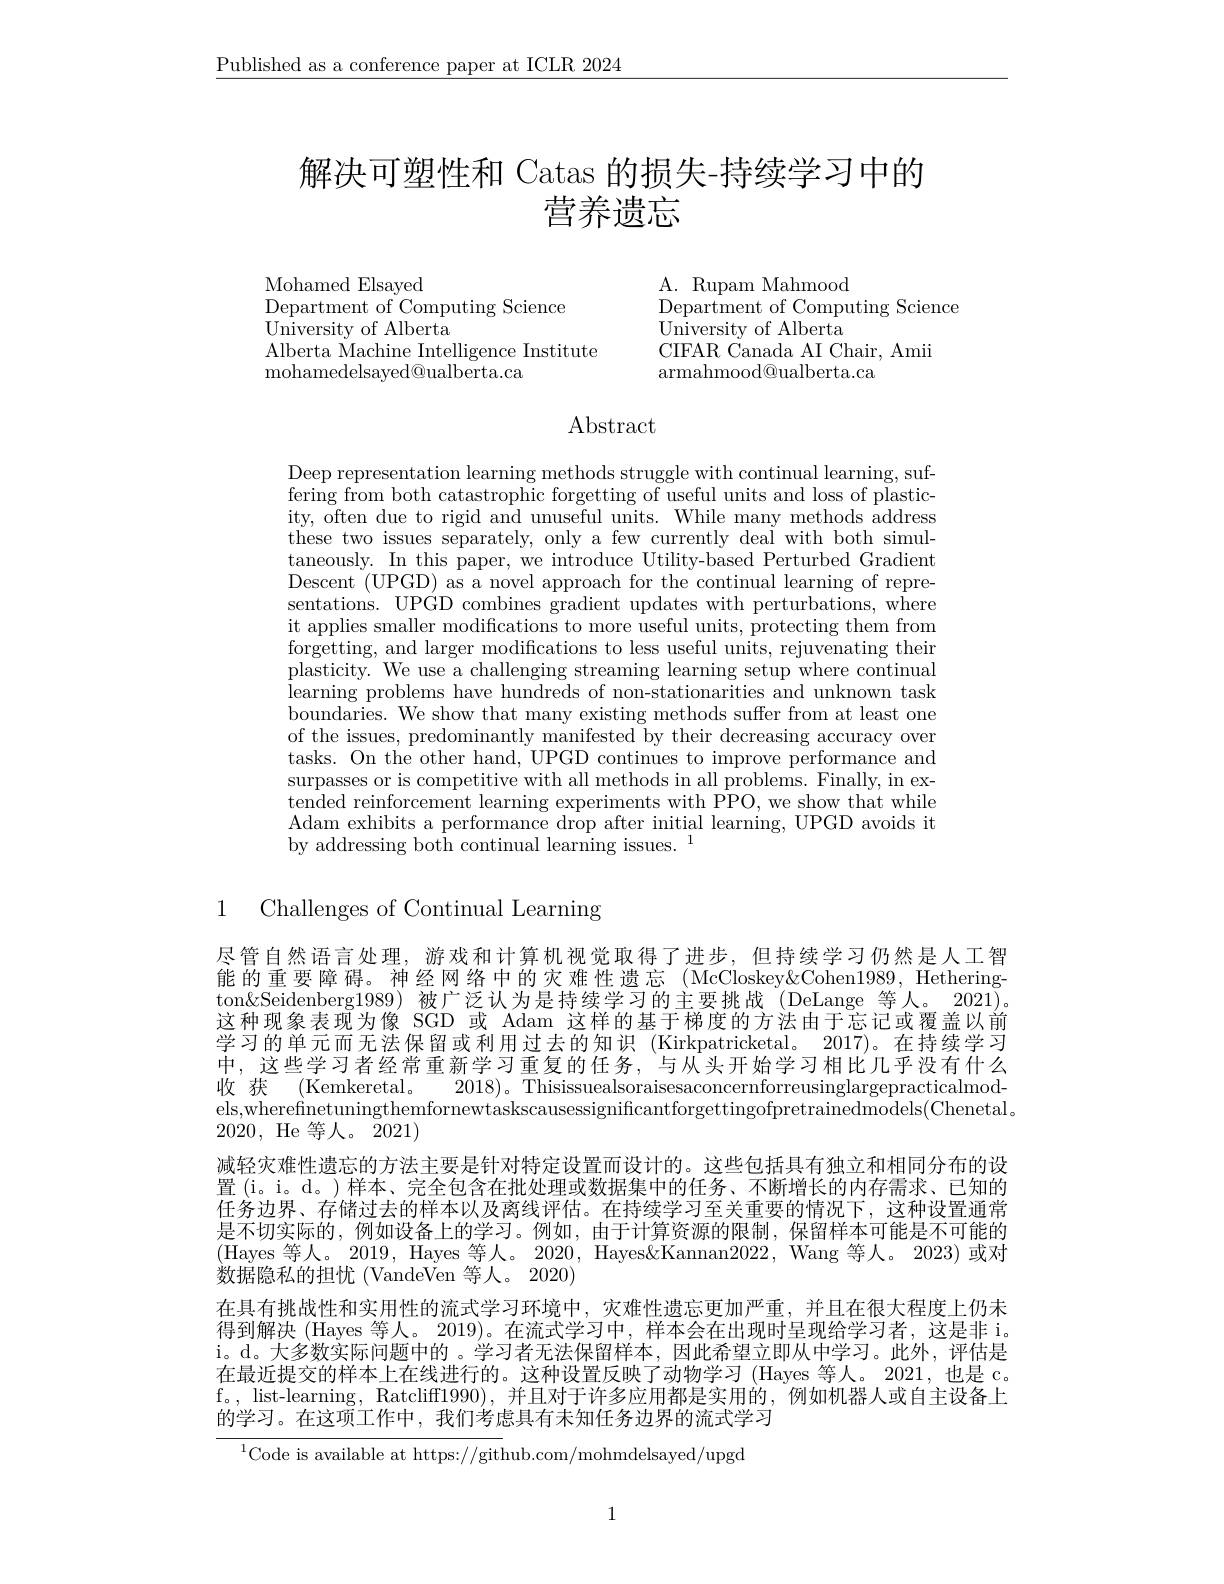
$\underline{\text{Published as a conference paper at ICLR 2024}}$

# 解决可塑性和 Catas 的损失-持续学习中的营养遗忘

A. Rupam Mahmood
$\tilde{\text{Department of Computing Science}}$
University of Alberta
CIFAR Canada AI Chair, Amii
armahmood@ualberta.ca

Mohamed Elsayed
Department of Computing Science
University of Alberta
Alberta Machine Intelligence Institute
mohamedelsayed@ualberta.ca

## Abstract

Deep representation learning methods struggle with continual learning, suffering from both catastrophic forgetting of useful units and loss of plasticity, often due to rigid and unuseful units. While many methods address these two issues separately, only a few currently deal with both simultaneously. In this paper, we introduce Utility-based Perturbed Gradient Descent (UPGD) as a novel approach for the continual learning of representations. UPGD combines gradient updates with perturbations, where it applies smaller modifications to more useful units, protecting them from forgetting, and larger modifications to less useful units, rejuvenating their plasticity. We use a challenging streaming learning setup where continual learning problems have hundreds of non-stationarities and unknown task boundaries. We show that many existing methods suffer from at least one of the issues, predominantly manifested by their decreasing accuracy over tasks. On the other hand, UPGD continues to improve performance and surpasses or is competitive with all methods in all problems. Finally, in extended reinforcement learning experiments with PPO, we show that while Adam exhibits a performance drop after initial learning, UPGD avoids it by addressing both continual learning issues. 1

# 1 Challenges of Continual Learning

尽管自然语言处理，游戏和计算机视觉取得了进步，但持续学习仍然是人工智能的重要障碍。神经网络中的灾难性遗忘(McCloskey&Cohen1989,Hetherington&Seidenberg1989) 被广泛认为是持续学习的主要挑战(DeLange 等人。2021)。这种现象表现为像 SGD 或 Adam 这样的基于梯度的方法由于忘记或覆盖以前学习的单元而无法保留或利用过去的知识(Kirkpatricketal。2017)。在持续学习中，这些学习者经常重新学习重复的任务，与从头开始学习相比几乎没有什么收 获 (Kemkeretal。2018)。Thisissuealsoraisesaconcernforreusinglargepracticalmodels,wherefinetuningthemfornewtaskscausessignificantforgettingofpretrainedmodels(Chenetal。2020, He 等人。2021)
减轻灾难性遗忘的方法主要是针对特定设置而设计的。这些包括具有独立和相同分布的设置(i。i。d。)样本、完全包含在批处理或数据集中的任务、不断增长的内存需求、已知的任务边界、存储过去的样本以及离线评估。在持续学习至关重要的情况下，这种设置通常是不切实际的，例如设备上的学习。例如，由于计算资源的限制，保留样本可能是不可能的(Hayes 等人。2019, Hayes 等人。2020, Hayes&Kannan2022, Wang 等人。2023)或对数据隐私的担忧(VandeVen 等人。2020)
在具有挑战性和实用性的流式学习环境中，灾难性遗忘更加严重，并且在很大程度上仍未得到解决 (Hayes 等人。2019)。在流式学习中，样本会在出现时呈现给学习者，这是非 i。i。d。大多数实际问题中的 。学习者无法保留样本，因此希望立即从中学习。此外，评估是在最近提交的样本上在线进行的。这种设置反映了动物学习 (Hayes 等人。2021, 也是 c。f。, list-learning, Ratcliff1990), 并且对于许多应用都是实用的，例如机器人或自主设备上的学习。在这项工作中，我们考虑具有未知任务边界的流式学习

$^{1}$Code is available at https://github.com/mohmdelsayed/upgd